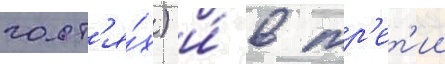
гост'я́х) и́ в тр'ет'ии